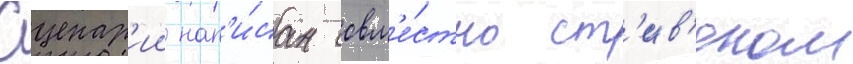
Сценар'ии нап'и́сан совм'е́стно ст'ив'еном